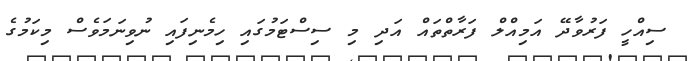
ސިއްހީ ފަރުވާދޭ އަމިއްލް ފަރާތްތައް އަދި މި ސިސްޓަމުގައި ހިމެނިފައި ނުވިނަމަވެސް މިކަމުގެ